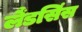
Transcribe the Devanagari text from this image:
लैंडसिंस